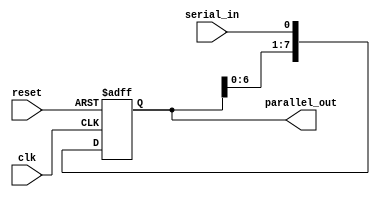
module SIPO_shift_register(
    input clk,    // Clock input
    input reset,  // Reset signal
    input serial_in, // Serial data input
    output reg [7:0] parallel_out // Parallel data output
);

reg [7:0] reg_data; // Register to store data

always @(posedge clk or posedge reset) begin
    if (reset) begin
        reg_data <= 8'b0; // Reset data register
    end else begin
        reg_data <= {reg_data[6:0], serial_in}; // Shift in serial data
    end
end

assign parallel_out = reg_data; // Output data stored in register

endmodule